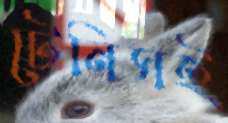
টেনিসই